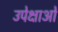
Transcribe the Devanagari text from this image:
उपेक्षाअों